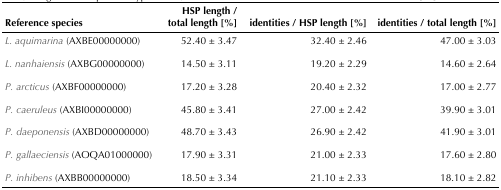
| Reference species | HSP length / total length [%] | identities / HSP length [%] | identities / total length [%] |
 | --- | --- | --- | --- |
 | L. aquimarina (AXBE00000000) | 52.40 ± 3.47 | 32.40 ± 2.46 | 47.00 ± 3.03 |
 | L. nanhaiensis (AXBG00000000) | 14.50 ± 3.11 | 19.20 ± 2.29 | 14.60 ± 2.64 |
 | P. arcticus (AXBF00000000) | 17.20 ± 3.28 | 20.40 ± 2.32 | 17.00 ± 2.77 |
 | P. caeruleus (AXBI00000000) | 45.80 ± 3.41 | 27.00 ± 2.42 | 39.90 ± 3.01 |
 | P. daeponensis (AXBD00000000) | 48.70 ± 3.43 | 26.90 ± 2.42 | 41.90 ± 3.01 |
 | P. gallaeciensis (AOQA01000000) | 17.90 ± 3.31 | 21.00 ± 2.33 | 17.60 ± 2.80 |
 | P. inhibens (AXBB00000000) | 18.50 ± 3.34 | 21.10 ± 2.33 | 18.10 ± 2.82 |